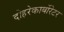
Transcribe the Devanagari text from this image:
दोहरेकार्बोरेटर